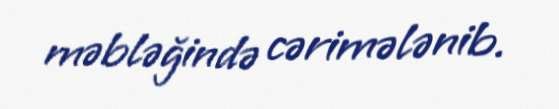
məbləğində cərimələnib.